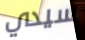
سيدي